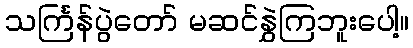
သင်္ကြန်ပွဲတော် မဆင်နွှဲကြဘူးပေါ့။